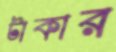
টাকার